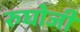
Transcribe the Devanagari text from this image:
रुघोजी